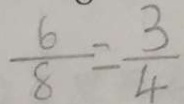
\frac { 6 } { 8 } = \frac { 3 } { 4 }